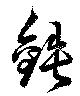
鉄